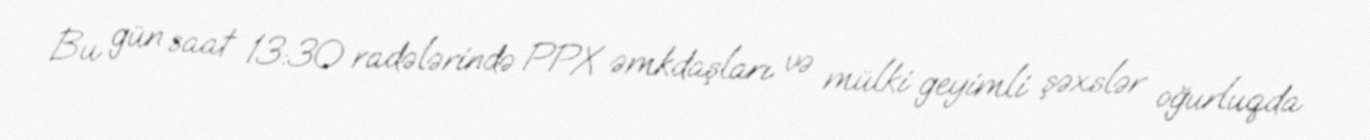
Bu gün saat 13:30 radələrində PPX əmkdaşları və mülki geyimli şəxslər oğurluqda